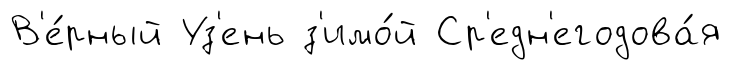
В'е́рный Уз'ень з'имо́й Ср'едн'егодова́я